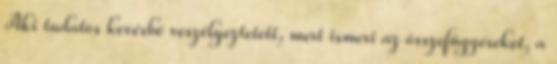
Aki tudatos kevésbé veszélyeztetett, mert ismeri az összefüggéseket, a